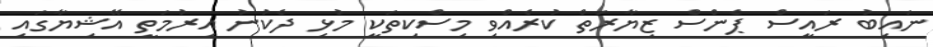
ނައިބު ރައީސް ޕެންސް ޒިޔާރަތް ކުރެއްވި މިސްކިތަކީ މުޅި ދެކުނު އިރުމަތީ އޭޝިޔާގައި